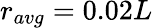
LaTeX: r_{avg}=0.02L